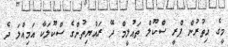
މީގެ އިތުރުން ޕްރީ ސްކޫލް ތައުލީމް ދޭ ރައްޔިތުންގެ ސްކޫލަކާ އަމިއްލަ ދެ